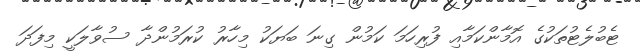
ޓެބުލެޓުތަކުގެ އޮމާންކަމާއި ފުރިހަމަ ކަމުން ގިނަ ބަޔަކު މިހާރު ކުރަމުންދާ ސުވާލަކީ މިފަދަ